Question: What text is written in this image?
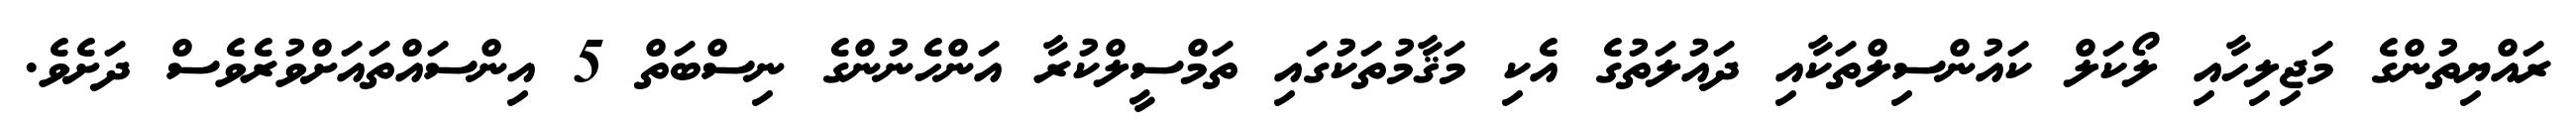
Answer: ރައްޔިތުންގެ މަޖިލިހާއި ލޯކަލް ކައުންސިލްތަކާއި ދައުލަތުގެ އެކި މަޤާމުތަކުގައި ތަމްސީލްކުރާ އަންހެނުންގެ ނިސްބަތް 5 އިންސައްތައަށްވުރެވެސް ދަށެވެ.